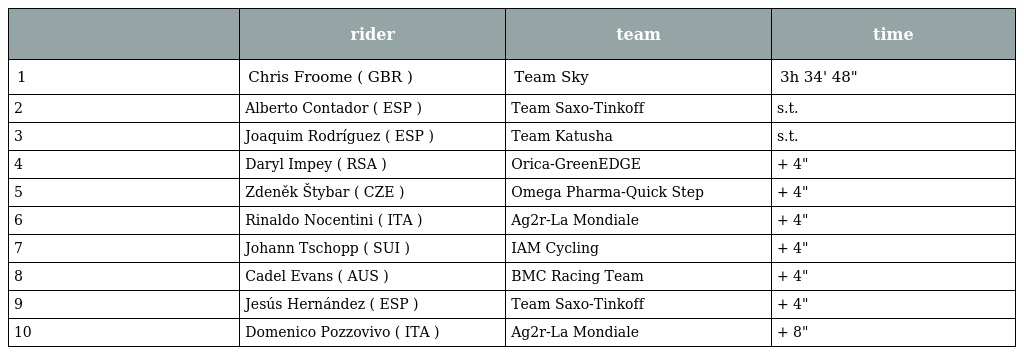
|  | rider | team | time |
 | --- | --- | --- | --- |
 | 1 | Chris Froome ( GBR ) | Team Sky | 3h 34' 48" |
 | 2 | Alberto Contador ( ESP ) | Team Saxo-Tinkoff | s.t. |
 | 3 | Joaquim Rodríguez ( ESP ) | Team Katusha | s.t. |
 | 4 | Daryl Impey ( RSA ) | Orica-GreenEDGE | + 4" |
 | 5 | Zdeněk Štybar ( CZE ) | Omega Pharma-Quick Step | + 4" |
 | 6 | Rinaldo Nocentini ( ITA ) | Ag2r-La Mondiale | + 4" |
 | 7 | Johann Tschopp ( SUI ) | IAM Cycling | + 4" |
 | 8 | Cadel Evans ( AUS ) | BMC Racing Team | + 4" |
 | 9 | Jesús Hernández ( ESP ) | Team Saxo-Tinkoff | + 4" |
 | 10 | Domenico Pozzovivo ( ITA ) | Ag2r-La Mondiale | + 8" |